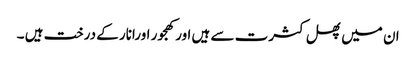
ان میں پھل کثرت سے ہیں اورکھجور اورانار کے درخت ہیں ۔